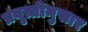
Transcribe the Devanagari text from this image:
प्रवृत्तीनुसार